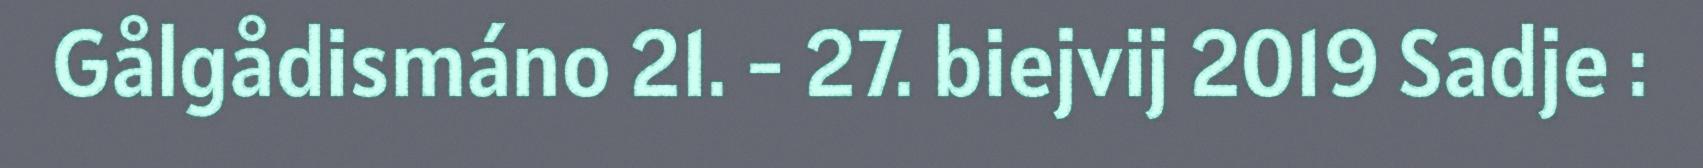
Gålgådismáno 21. - 27. biejvij 2019 Sadje :